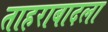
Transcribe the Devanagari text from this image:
ताहराबादला